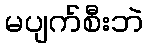
မပျက်စီးဘဲ